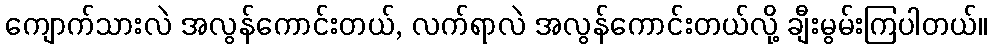
ကျောက်သားလဲ အလွန်ကောင်းတယ်, လက်ရာလဲ အလွန်ကောင်းတယ်လို့ ချီးမွမ်းကြပါတယ်။